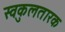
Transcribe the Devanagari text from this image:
स्वकुलतारक